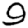
Digit: 9